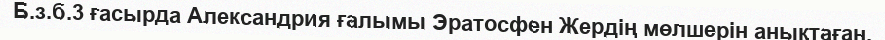
Б.з.б.3 ғасырда Александрия ғалымы Эратосфен Жердің мөлшерін анықтаған.